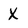
Character: X